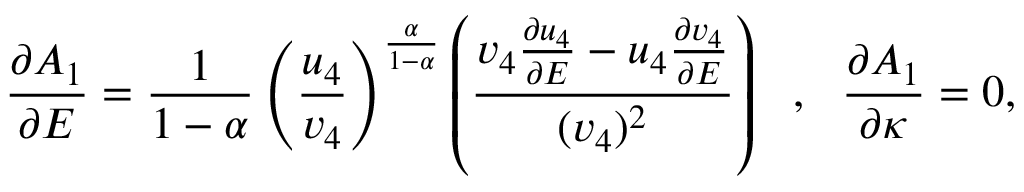
\frac { \partial A _ { 1 } } { \partial E } = \frac { 1 } { 1 - \alpha } \left( \frac { u _ { 4 } } { v _ { 4 } } \right) ^ { \frac { \alpha } { 1 - \alpha } } \left( \frac { v _ { 4 } \frac { \partial u _ { 4 } } { \partial E } - u _ { 4 } \frac { \partial v _ { 4 } } { \partial E } } { ( v _ { 4 } ) ^ { 2 } } \right) ~ ~ , ~ ~ \frac { \partial A _ { 1 } } { \partial \kappa } = 0 ,